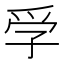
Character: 𡥞